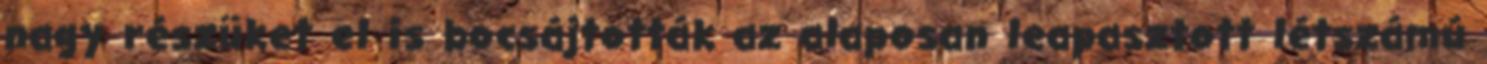
nagy részüket el is bocsájtották az alaposan leapasztott létszámú